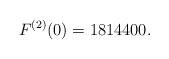
\begin{align*}F^{(2)}(0)=1814400.\end{align*}